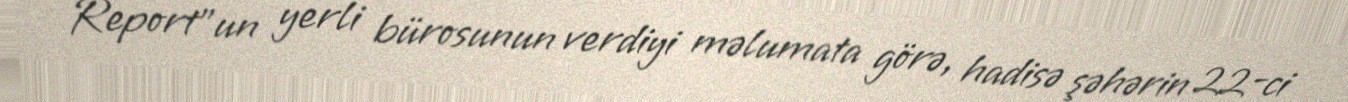
Report"un yerli bürosunun verdiyi məlumata görə, hadisə şəhərin 22-ci